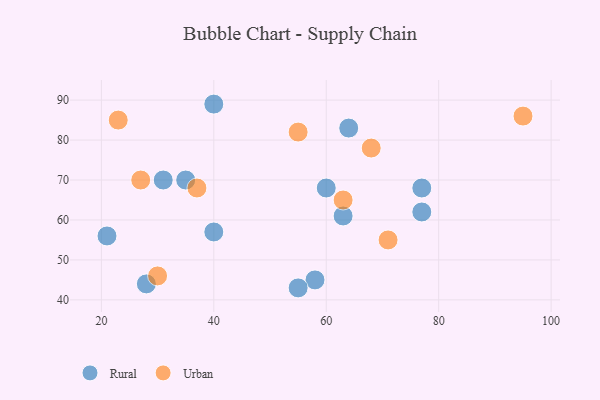
{"axis": {"x": "GDP", "y": "Life Expectancy"}, "legend": ["Rural", "Urban"], "data": [{"x": "35", "y": 70, "type": "Rural"}, {"x": "77", "y": 62, "type": "Rural"}, {"x": "31", "y": 70, "type": "Rural"}, {"x": "28", "y": 44, "type": "Rural"}, {"x": "58", "y": 45, "type": "Rural"}, {"x": "21", "y": 56, "type": "Rural"}, {"x": "40", "y": 89, "type": "Rural"}, {"x": "77", "y": 68, "type": "Rural"}, {"x": "55", "y": 43, "type": "Rural"}, {"x": "64", "y": 83, "type": "Rural"}, {"x": "60", "y": 68, "type": "Rural"}, {"x": "63", "y": 61, "type": "Rural"}, {"x": "40", "y": 57, "type": "Rural"}, {"x": "71", "y": 55, "type": "Urban"}, {"x": "55", "y": 82, "type": "Urban"}, {"x": "68", "y": 78, "type": "Urban"}, {"x": "63", "y": 65, "type": "Urban"}, {"x": "37", "y": 68, "type": "Urban"}, {"x": "30", "y": 46, "type": "Urban"}, {"x": "27", "y": 70, "type": "Urban"}, {"x": "95", "y": 86, "type": "Urban"}, {"x": "23", "y": 85, "type": "Urban"}]}